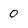
Character: 0